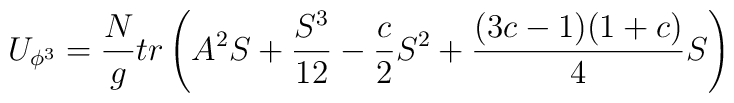
U_{\phi^3} = { N \over g} tr \left( A^2 S + { S^3\over 12} - {c \over 2} S^2 + { (3 c - 1) (1 + c)\over 4} S \right)